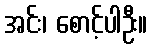
အင်း၊ စောင့်ပါဦး။